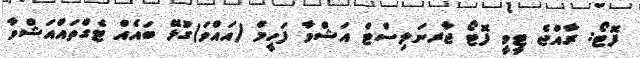
ފޮޓޯ: ރާއްޖެ ޓީވީ ފޮޓޯ ޖާރނަލިސްޓް އަޝްވާ ފަހީމް (އައްވަ)ގުޅޭ ބައެއް ޓެގްތައްއަޝްވާ